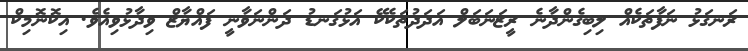
ރަނގަޅު ނަފާތަކެއް ލިބިގެންދާނެ ރީޒަނަބަލް އަދަދުތަކެކޭ އަޅުގަނޑު ދަންނަވާނީ ފައްޔާޒް ވިދާޅުވިއެވެ. އިކޮނޮމިކް